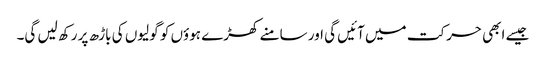
جیسے ابھی حرکت میں آئیں گی اور سامنے کھڑے ہوؤں کو گولیوں کی باڑھ پر رکھ لیں گی۔